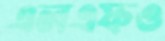
এলএফও